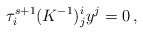
\begin{align*} \tau^{s+1}_i (K^{-1})^i_j y^j=0\,,\end{align*}